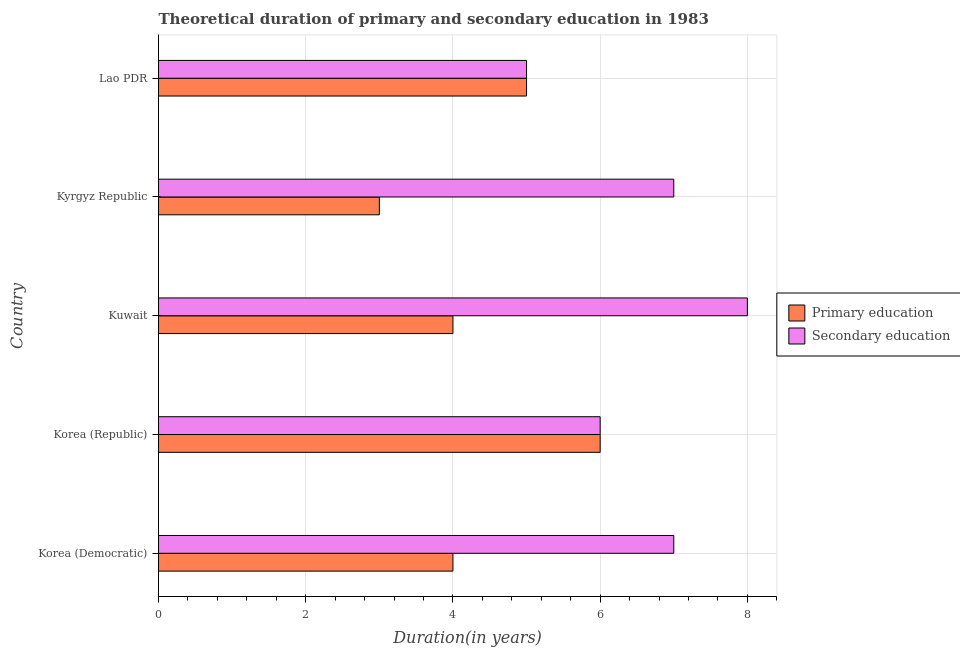
| Country | Primary education | Secondary education |
 | --- | --- | --- |
 | Korea (Democratic) | 4 | 7 |
 | Korea (Republic) | 6 | 6 |
 | Kuwait | 4 | 8 |
 | Kyrgyz Republic | 3 | 7 |
 | Lao PDR | 5 | 5 |